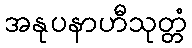
အနုပနာဟီသုတ္တံ